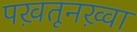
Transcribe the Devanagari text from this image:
पख़तूनख़्वा